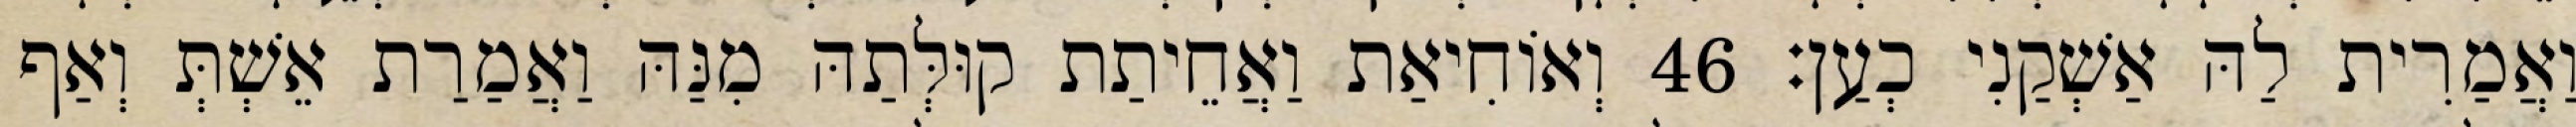
וַאֲמַרִית לַהּ אַשְׁקַנִי כְעַן׃ 46 וְאוֹחִיאַת וַאֲחֵיתַת קוּלְּתַהּ מִנַּהּ וַאֲמַרַת אֵשְׁתְּ וְאַף